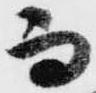
而